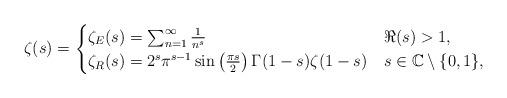
LaTeX: \begin{align*}\zeta(s) = \begin{cases}\zeta_E(s) = \sum_{n=1}^\infty \frac{1}{n^s} & \Re(s)>1,\\\zeta_R(s) = 2^s\pi^{s-1}\sin\left(\frac{\pi s}{2}\right)\Gamma(1-s)\zeta(1-s) & s\in\mathbb{C}\setminus\lbrace 0,1\rbrace, \end{cases}\end{align*}